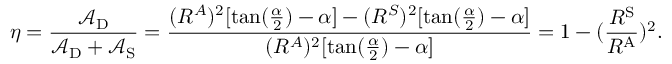
\eta = \frac { \mathcal { A } _ { \mathrm { D } } } { \mathcal { A } _ { \mathrm { D } } + \mathcal { A } _ { \mathrm { S } } } = \frac { ( R ^ { A } ) ^ { 2 } [ \mathrm { t a n } ( \frac { \alpha } { 2 } ) - \alpha ] - ( R ^ { S } ) ^ { 2 } [ \mathrm { t a n } ( \frac { \alpha } { 2 } ) - \alpha ] } { ( R ^ { A } ) ^ { 2 } [ \mathrm { t a n } ( \frac { \alpha } { 2 } ) - \alpha ] } = 1 - ( \frac { R ^ { \mathrm { S } } } { R ^ { \mathrm { A } } } ) ^ { 2 } .